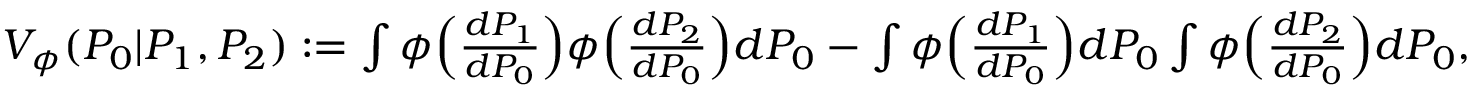
\begin{array} { r } { { V _ { \phi } } ( P _ { 0 } | P _ { 1 } , P _ { 2 } ) : = \int \phi \Big ( \frac { d P _ { 1 } } { d P _ { 0 } } \Big ) \phi \Big ( \frac { d P _ { 2 } } { d P _ { 0 } } \Big ) d P _ { 0 } - \int \phi \Big ( \frac { d P _ { 1 } } { d P _ { 0 } } \Big ) d P _ { 0 } \int \phi \Big ( \frac { d P _ { 2 } } { d P _ { 0 } } \Big ) d P _ { 0 } , } \end{array}